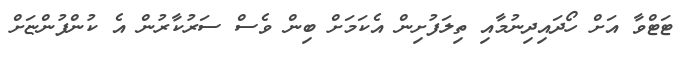
ޓަޓްވާ އަށް ހޯދައިދިނުމާއި ތިލަފުށިން އެކަމަށް ބިން ވެސް ސަރުކާރުން އެ ކުންފުންޏަށް